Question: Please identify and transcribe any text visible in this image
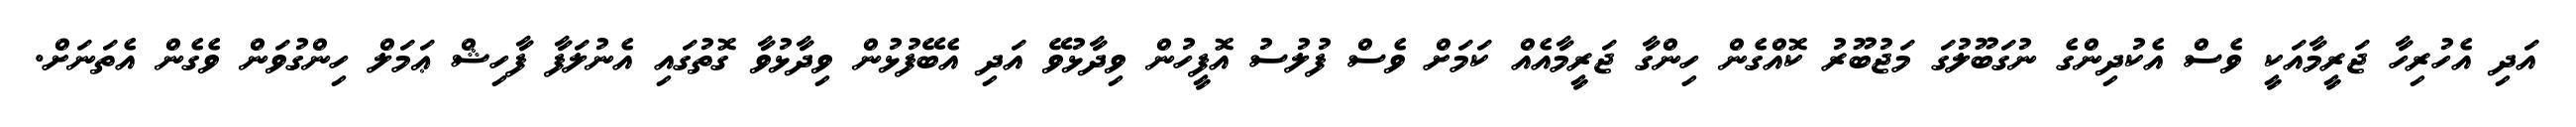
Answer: އަދި އެހުރިހާ ޖަރީމާއަކީ ވެސް އެކުދިންގެ ނުގަބޫލުގަ މަޖުބޫރު ކޮއްގެން ހިންގާ ޖަރީމާއެއް ކަމަށް ވެސް ފުލުސު އޮފީހުން ވިދާޅުވޭ އަދި އެބޭފުޅުން ވިދާޅުވާ ގޮތުގައި އެނުލަފާ ފާހިޝް ޢަމަލް ހިންގުވަން ވެގެން އެތަނަށް.